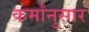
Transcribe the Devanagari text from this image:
कर्मांनुसार